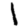
Digit: 1